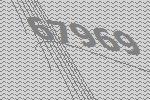
67969